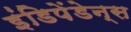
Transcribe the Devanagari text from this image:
इंडिपेंडेन्स